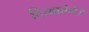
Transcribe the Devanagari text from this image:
दिखाएंगे।